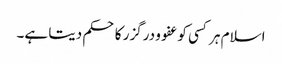
اسلام ہر کسی کو عفو و درگزر کا حکم دیتا ہے۔